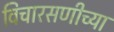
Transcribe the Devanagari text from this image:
विचारसणीच्या